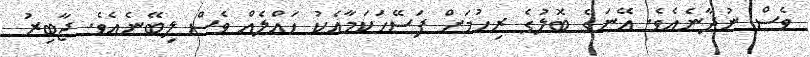
ވެސް ނުދާނެއެވެ. އޭނަގެ ބޮލުގެ ރިހުމަށް ފަސޭހަކަމާއެކު ހައްލެއް ވެސް ލިބޭނެއެވެ. ޖާބިރު